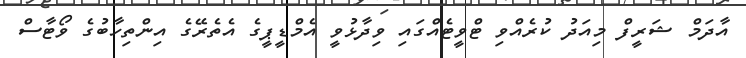
އާދަމް ޝަރީފް މިއަދު ކުރެއްވި ޓްވީޓެއްގައި ވިދާޅުވީ އެމްޑީޕީގެ އެތެރޭގެ އިންތިހާބުގެ ވޯޓާސް